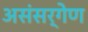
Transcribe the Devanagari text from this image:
असंसर्गेण